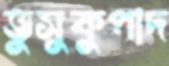
ভুসুকুপাদ